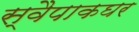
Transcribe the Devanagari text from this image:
स्वैपाकघर